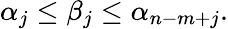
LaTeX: \alpha_{j}\leq\beta_{j}\leq\alpha_{n-m+j}.